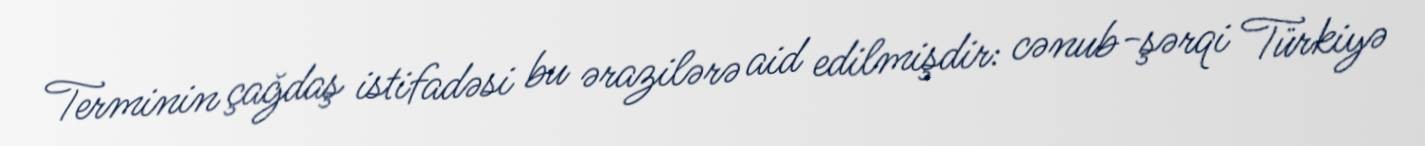
Terminin çağdaş istifadəsi bu ərazilərə aid edilmişdir: cənub-şərqi Türkiyə